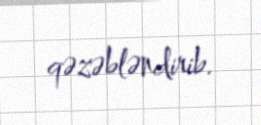
qəzəbləndirib.